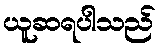
ယူဆရပါသည်